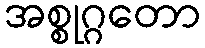
အစ္စုဂ္ဂတော